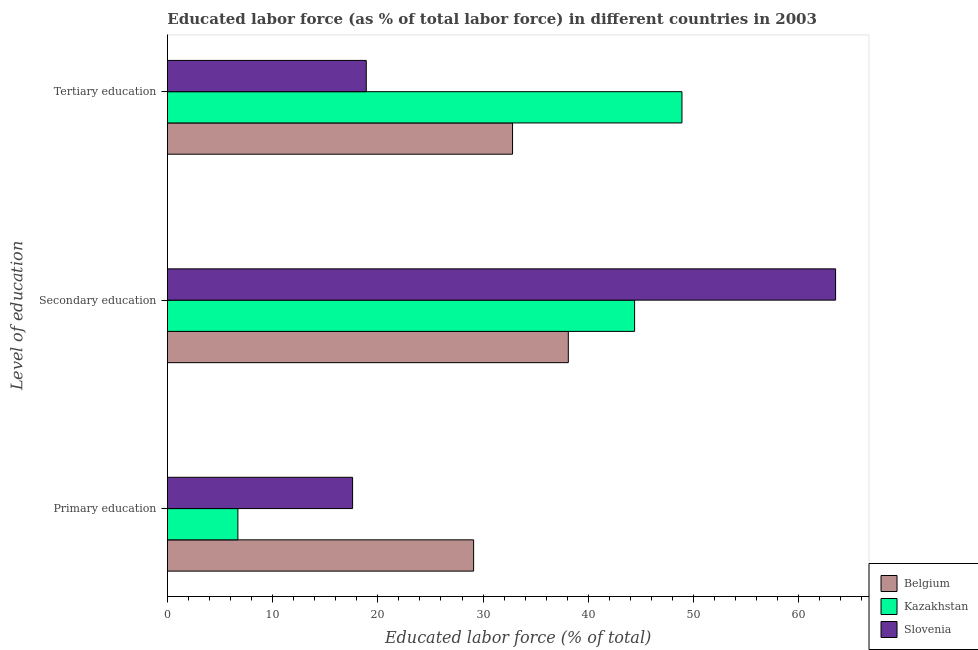
| Level of education | Belgium | Kazakhstan | Slovenia |
 | --- | --- | --- | --- |
 | Primary education | 29.1 | 6.7 | 17.6 |
 | Secondary education | 38.1 | 44.4 | 63.5 |
 | Tertiary education | 32.8 | 48.9 | 18.9 |